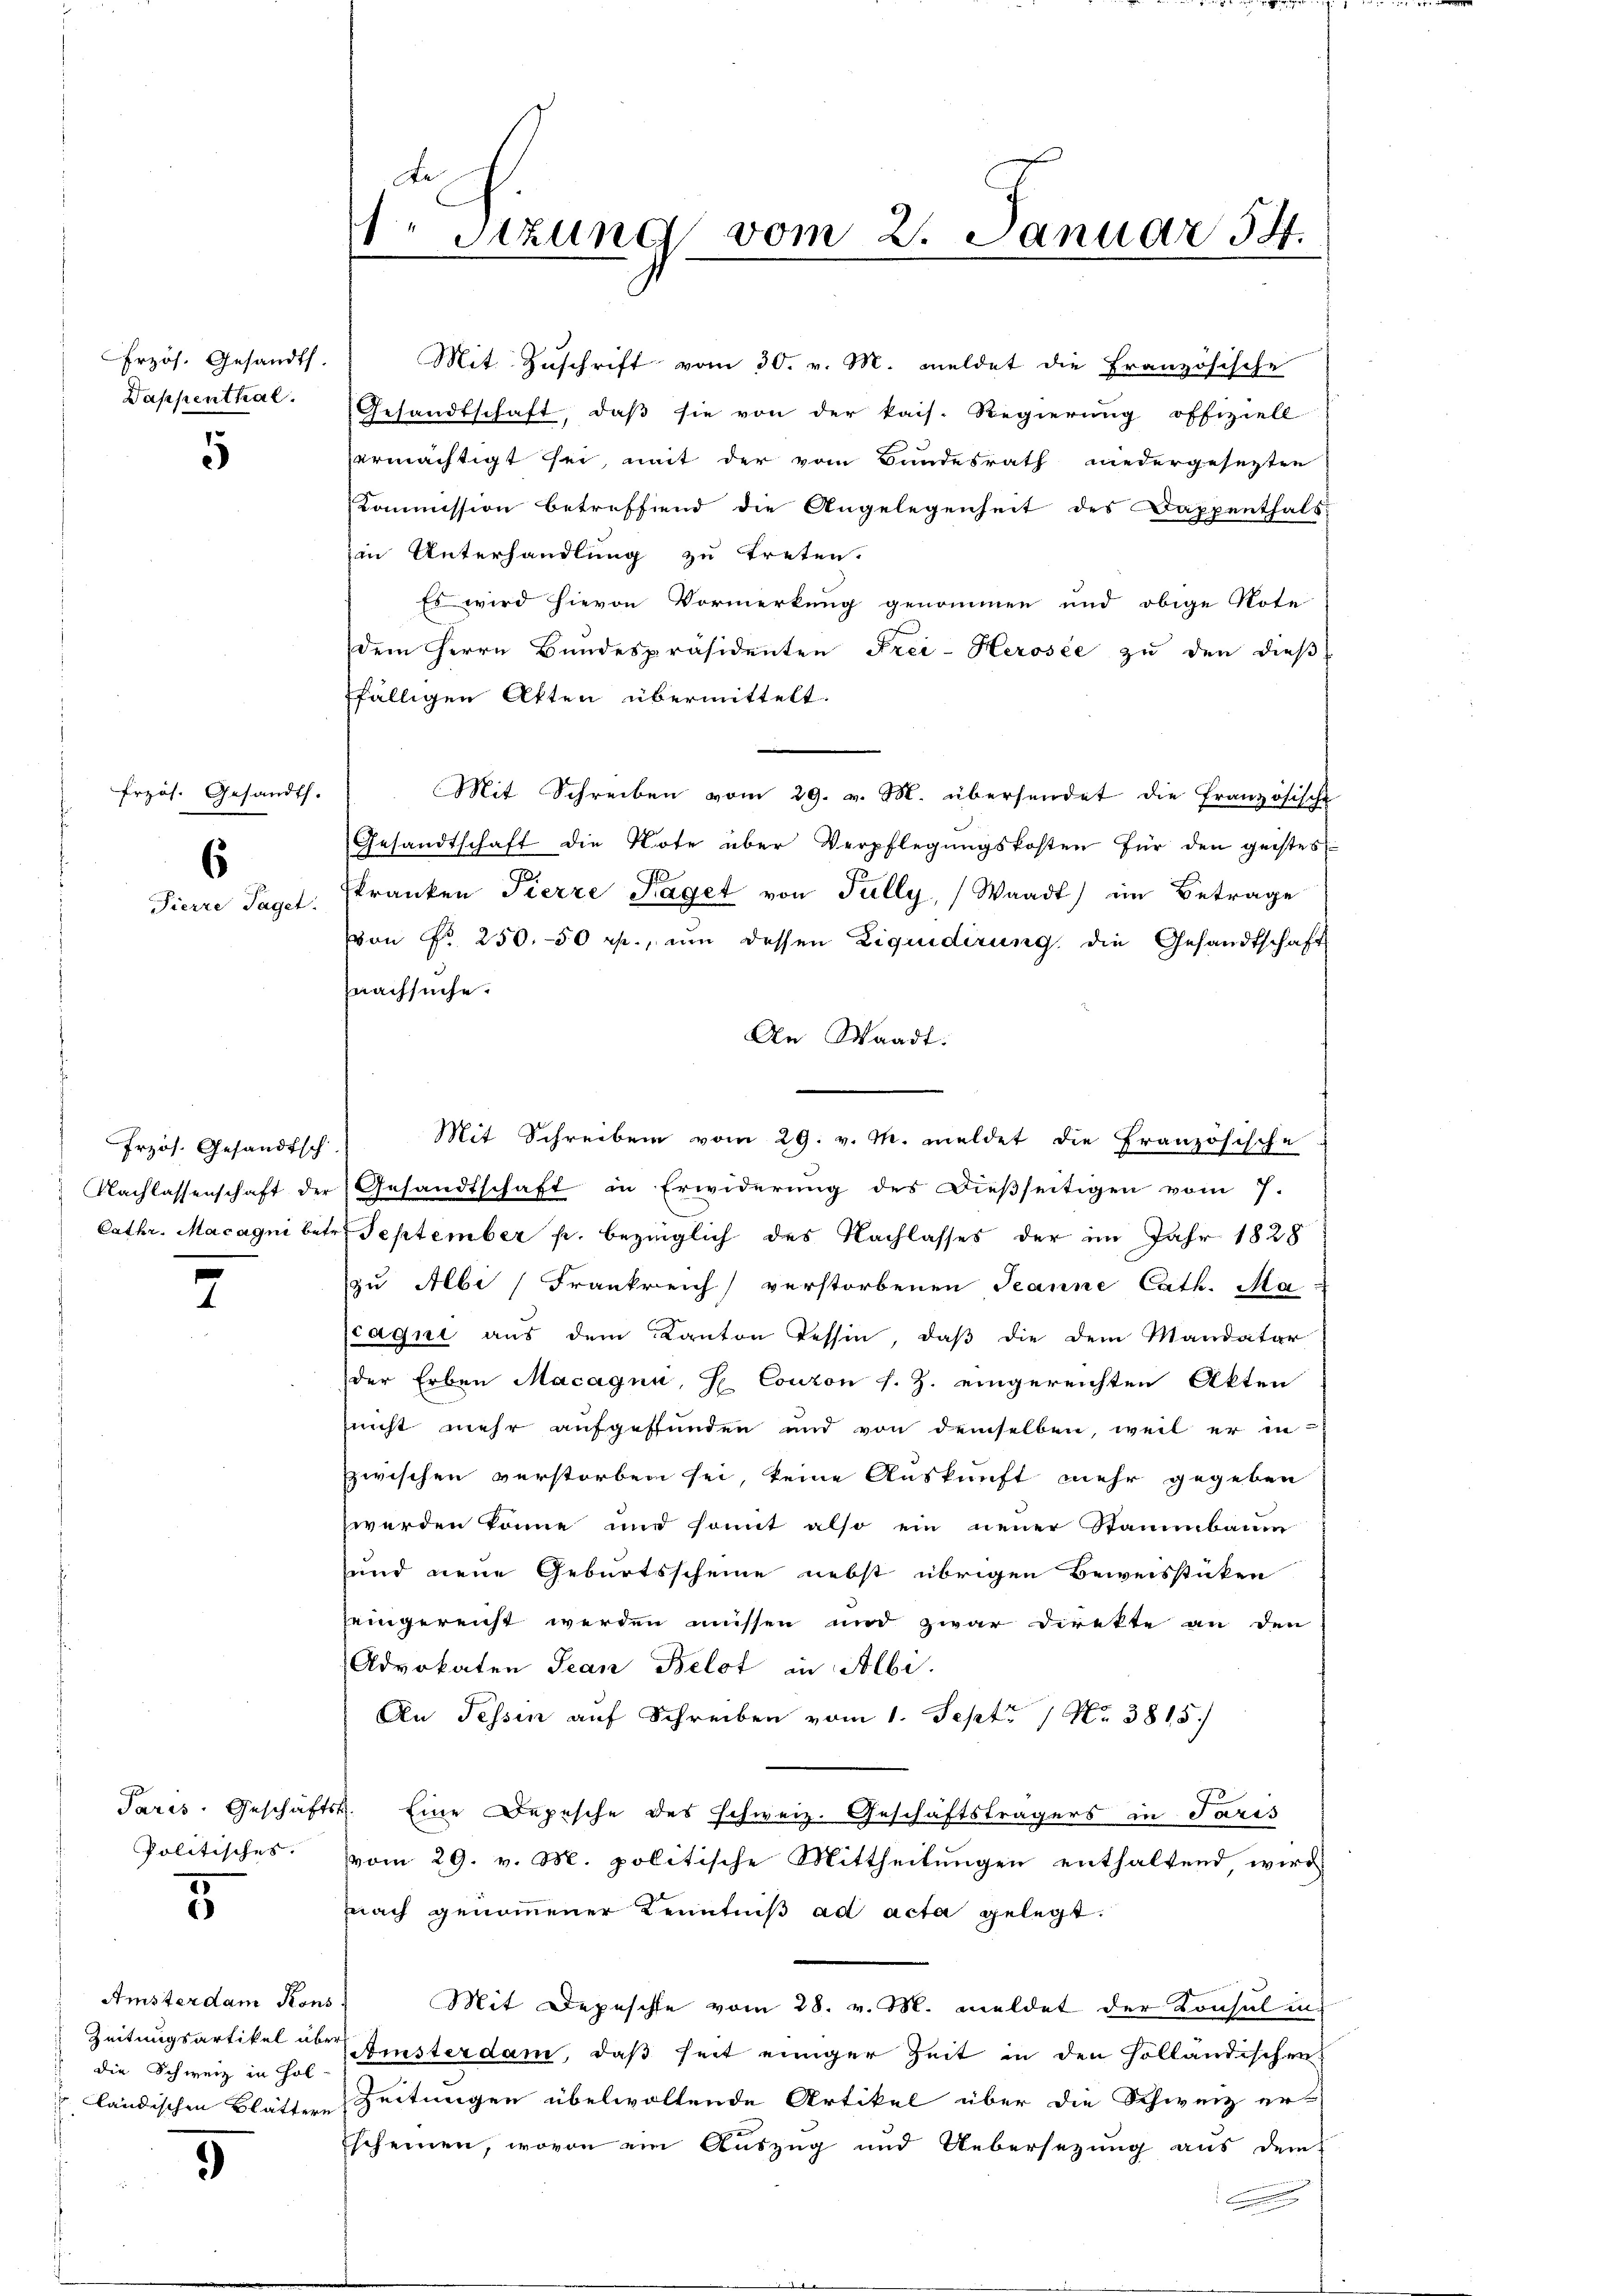
Frzös. Gesandts.

5

Frzös. Gesandts.
s
Pierre Taget.

Przös. Gesandtsch.

2

5

Amsterdam Kons
Zeitungsartikel über
die Schweiz in Hol

5

Mit Zuschrift vom 30. v. M. meldet die Französische
Dappenthal. Gesandtschaft, daβ sie von der kais. Regierŭng offiziell
ermächtigt sei, mit der vom Bundesrath niedergesezten
Kommission betreffend die Angelegenheit des Dappenthals
in Unterhandlung zu treten.
Es wird hievon Vormerkung genommen und obige Note
dem Herrn Bundespräsidenten Frei-Herosée zu den dieß
fälligen Akten übermittelt.
Mit Schreiben vom 29. v. M. übersendet die Französische
Gesandtschaft die Note über Verpflegŭngskosten für den geistes
skranken Pierre Paget von Fully, Waadt) im Betrage
von Nr. 250.50 rp., ŭm dessen Liquidirung, die Gesandtschaft
znachsuche.
An Waadt:
Mit Schreiben vom 29. v. M. meldet die Französische
Nachlassenschaft der Gesandtschaft in Erwiderung des Dießseitigen vom 7.
Cathr. Macagni betr. September p. bezüglich des Nachlasses der im Jahr 1828
zu Albi Frankreich verstorbenen Jeanne Cath. Ma
(saqui aus dem Kanton Tessin, daß die dem Mandatar
der Erben Macagni, E. Conzon s. Z. eingereichten Akten
snicht mehr aufgestunden und von demselben, weil er in
zzwischen verstorben sei, keine Auskunft mehr gegeben
werden könne und somit also ein neuer Stammbaum
und neue Geburtsscheine nebst übrigen Beweisstücken
seingereicht werden müssen und zwar direkte an den
Advokaten Jean Belot in Albi.
An Tessin auf Schreiben vom 1. Sept 17 No 3815/
Paris. Geschäfts. Eine Depesche des schweiz. Geschäftsträgers in Paris
Politisches vom 29. v. M. politische Mittheilungen enthaltend, wird
nach genommener Kenntniß ad acta gelegt.
Mit Depesche vom 28. v. M. meldet der Konsul in
Ansterdam, daß seit einiger Zeit in den Holländischen
ländischen Blätter Zeitungen übelwollende Artikel über die Schweiz er-
Escheinen, wovon ein Auszug und Uebersezung aus dem

de
1 Sizung vom 2. Januar 54.